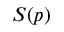
S ( p )